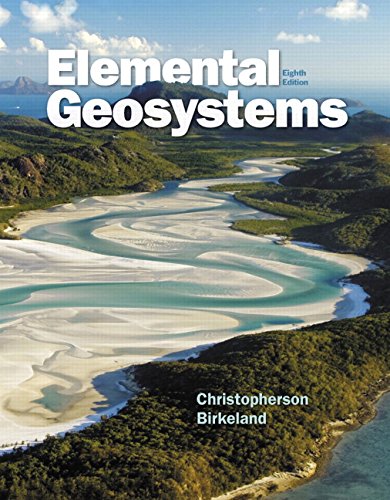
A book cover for Elemental Geosystems (8th Edition); Robert W. Christopherson; Science & Math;